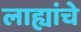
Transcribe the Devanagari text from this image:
लाह्यांचे